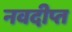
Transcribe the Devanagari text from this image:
नवदीप्त